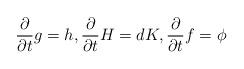
LaTeX: \begin{align*} \frac{\partial }{\partial t}g=h, \frac{\partial }{\partial t}H=dK, \frac{\partial }{\partial t}f=\phi \end{align*}